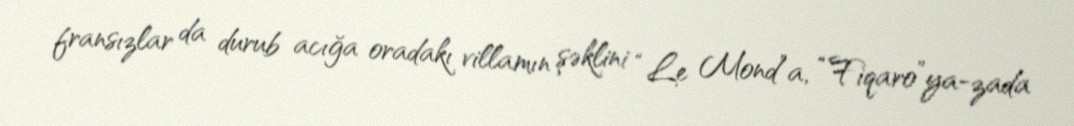
fransızlar da durub acığa oradakı villamın şəklini “Le Mond”a, “Fiqaro”ya-zada